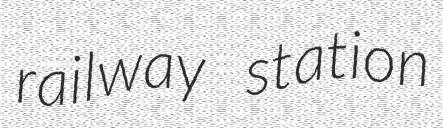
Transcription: railway station